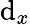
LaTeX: \mathrm{d}_{x}